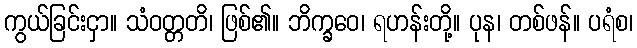
ကွယ်ခြင်းငှာ။ သံဝတ္တတိ၊ ဖြစ်၏။ ဘိက္ခဝေ၊ ရဟန်းတို့။ ပုန၊ တစ်ဖန်။ ပရံစ၊